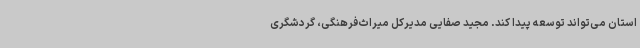
استان می‌تواند توسعه پیدا کند. مجید صفایی مدیرکل میراث‌فرهنگی، گردشگری